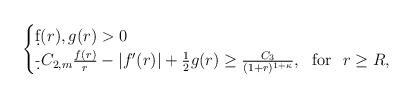
LaTeX: \begin{align*}\begin{cases}\d f(r),g(r)>0\\\d -C_{2,m}\frac{f(r)}{r}-|f'(r)|+\frac{1}{2} g(r)\ge\frac{C_3}{(1+r)^{1+\kappa}}, \ \mbox{ for }\ r\ge R,\end{cases}\end{align*}